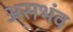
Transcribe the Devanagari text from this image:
असभंव